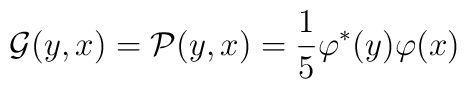
\mathcal G (y,x) = \mathcal P(y,x) =   \frac{1}{5} \varphi^*(y) \varphi(x)